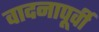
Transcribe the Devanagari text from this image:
वादनापूर्वी